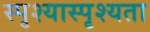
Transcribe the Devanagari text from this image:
स्पृश्यास्पृश्यता